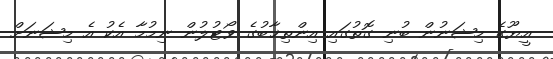
އީޔޫގެ މިޝަނުން ބުނި ގޮތުގައި އިންތިޚާބުގެ ވޯޓުލުން ނިމުމާ އެކު އެ މިޝަނަށް